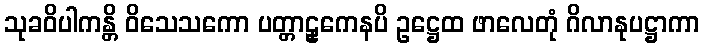
သုခဝိပါကန္တိ ဝိသေသကော ပတ္တာဠှကေနပိ ဥဋ္ဌေထ ဖာလေတုံ ဂိလာနုပဋ္ဌာကာ